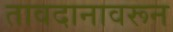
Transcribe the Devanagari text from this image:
तावदानावरून